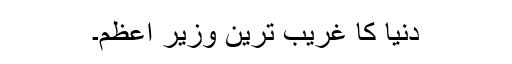
دنیا کا غریب ترین وزیر اعظم۔